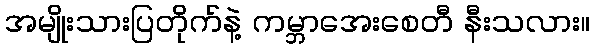
အမျိုးသားပြတိုက်နဲ့ ကမ္ဘာအေးစေတီ နီးသလား။